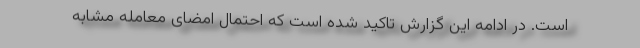
است. در ادامه این گزارش تاکید شده است که احتمال امضای معامله مشابه